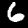
Digit: 6